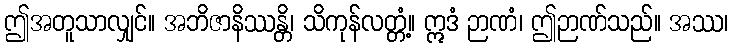
ဤအတူသာလျှင်။ အဘိဇာနိဿန္တိ၊ သိကုန်လတ္တံ့။ ဣဒံ ဉာဏံ၊ ဤဉာဏ်သည်။ အဿ၊